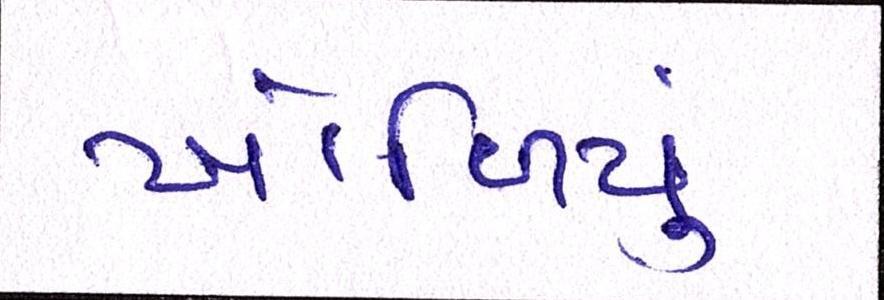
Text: ખોળિયું